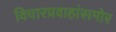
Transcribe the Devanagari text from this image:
विचारप्रवाहांसमोर